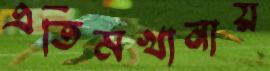
এতিমখানায়